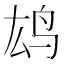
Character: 𫠖